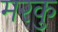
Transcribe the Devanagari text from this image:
मरकु